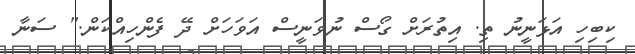
ކިބިހި އަޅަނީނު ތި. އިތުރަށް ގޯސް ނުވަނީސް އަވަހަށް ދޭ ފެންހިއްކަން." ސަނާ